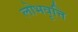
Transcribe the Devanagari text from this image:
लोभवृत्ति